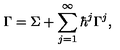
\Gamma = \Sigma + \sum _ { j = 1 } ^ { \infty } \hbar ^ { j } \Gamma ^ { j } ,